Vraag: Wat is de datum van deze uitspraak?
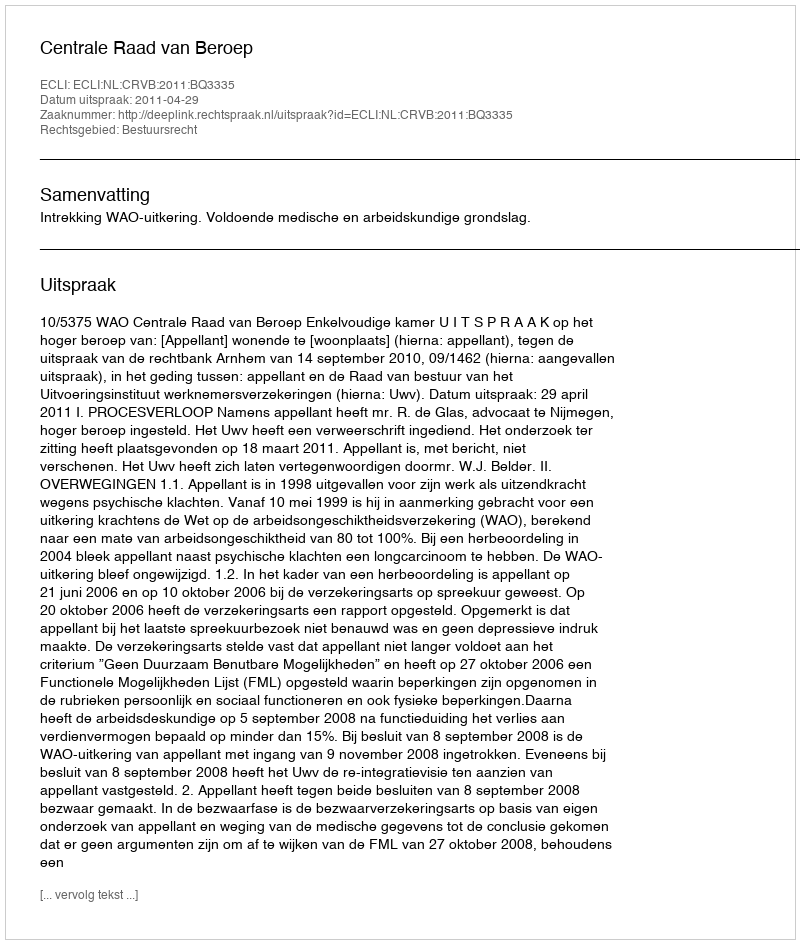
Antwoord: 2011-04-29